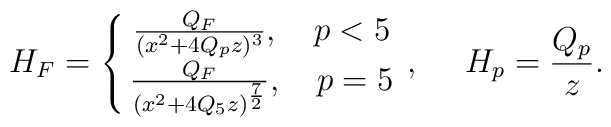
H_F=\left\{\matrix{{{Q_F}\over{(x^2+4Q_pz)^3}},\ \ \ p<5 \cr {{Q_F}\over{(x^2+4Q_5z)^{7\over 2}}},\ \ \ p=5}\right.,\ \ \ \ H_p={{Q_p}\over z}.